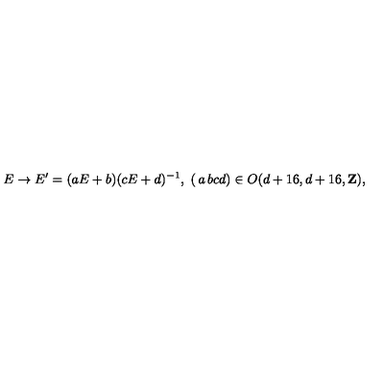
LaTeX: E \rightarrow E ^ { \prime } = ( a E + b ) ( c E + d ) ^ { - 1 } , \ \left( \begin{matrix} { a } & { b } \\ { c } & { d } \\ \end{matrix} \right) \in O ( d + 1 6 , d + 1 6 , { \bf Z } ) ,